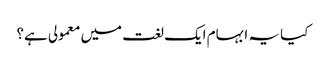
کیا یہ ابہام ایک لغت میں معمولی ہے؟